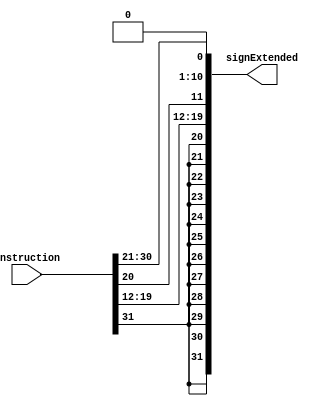
`ifndef __JTypeSignExtend32b__
`define __JTypeSignExtend32b__

module JTypeSignExtend32b (
    instruction,
    signExtended
);
    input wire [31:0] instruction;
    output wire [31:0] signExtended;

    assign signExtended = 
    {
        {12 {instruction[31]}},
        instruction[19:12],
        instruction[20],
        instruction[30:25],
        instruction[24:21],
        1'b0
    };
    
endmodule

`endif